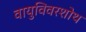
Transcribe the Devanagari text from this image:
वायुविवरशोथ